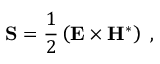
{ \bf S } = \frac { 1 } { 2 } \left( { \bf E } \times { \bf H } ^ { \ast } \right) \; ,